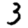
Digit: 3